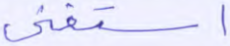
استغنى